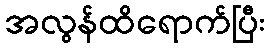
အလွန်ထိရောက်ပြီး